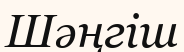
Шәңгіш